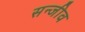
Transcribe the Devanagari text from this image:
सन्जीव